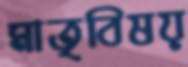
মাতৃবিষয়